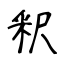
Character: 釈